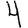
Digit: 4